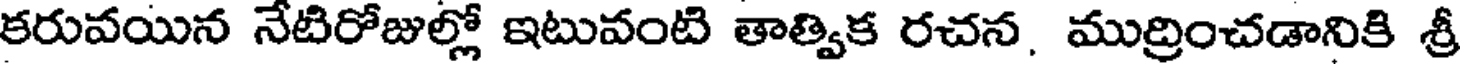
కరువయిన నేటిరోజుల్లో ఇటువంటి తాత్విక రచన, ముద్రించడానికి శ్రీ